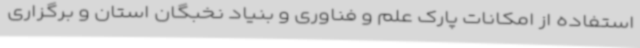
استفاده از امکانات پارک علم و فناوری و بنیاد نخبگان استان و برگزاری